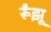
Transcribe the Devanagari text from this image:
र्रूंझू